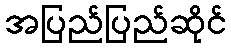
အပြည်ပြည်ဆိုင်